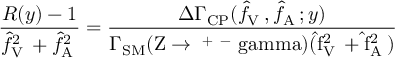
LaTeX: { \frac { R ( y ) - 1 } { \hat { f } _ { \mathrm { V \ell } } ^ { 2 } + \hat { f } _ { \mathrm { A \ell } } ^ { 2 } } } = { \frac { \Delta \Gamma _ { \mathrm { C P } } ( \hat { f } _ { \mathrm { V \ell } } , \hat { f } _ { \mathrm { A \ell } } ; y ) } { \Gamma _ { \mathrm { S M } } ( \mathrm { Z \to \ell ^ { + } \ell ^ { - } \ g a m m a ) ( \hat { f } _ { \mathrm { V \ell } } ^ { 2 } + \hat { f } _ { \mathrm { A \ell } } ^ { 2 } ) } } }